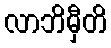
လာဘိမှီတိ